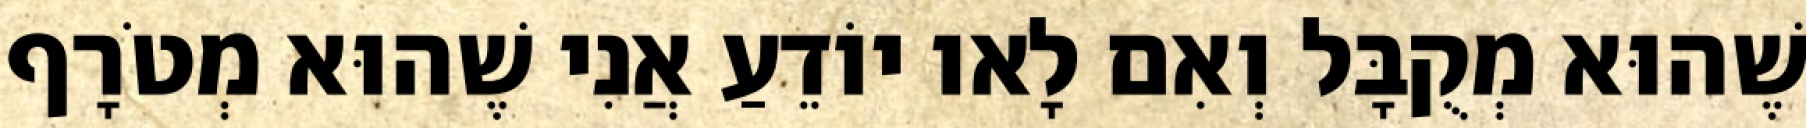
שֶׁהוּא מְקֻבָּל וְאִם לָאו יוֹדֵעַ אֲנִי שֶׁהוּא מְטֹרָף